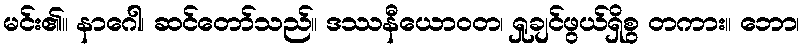
မင်း၏။ နာဂေါ၊ ဆင်တော်သည်။ ဒဿနီယောဝတ၊ ရှုချင်ဖွယ်ရှိစွ တကား။ ဘော၊